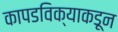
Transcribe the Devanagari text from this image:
कापडविक्याकडून